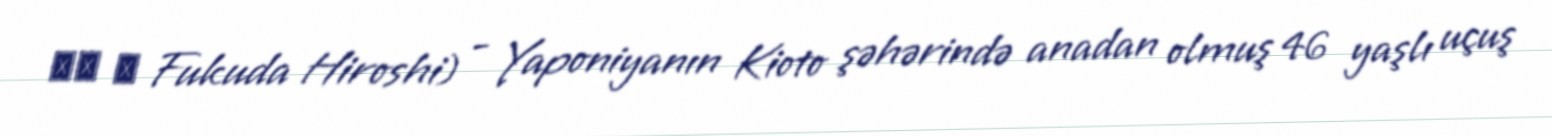
福田 博 Fukuda Hiroshi) - Yaponiyanın Kioto şəhərində anadan olmuş 46 yaşlı uçuş